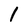
Character: 1